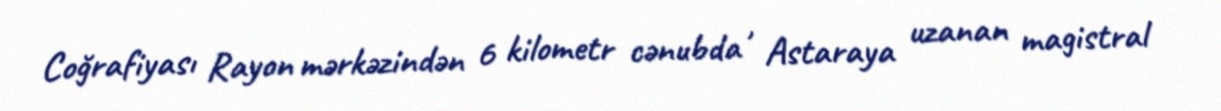
Coğrafiyası Rayon mərkəzindən 6 kilometr cənubda , Astaraya uzanan magistral